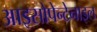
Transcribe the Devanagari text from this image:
आइसोपेन्टेनाइल